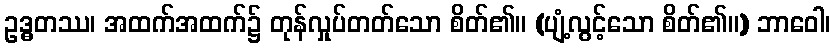
ဥဒ္ဓတဿ၊ အထက်အထက်၌ တုန်လှုပ်တတ်သော စိတ်၏။ (ပျံ့လွင့်သော စိတ်၏။) ဘာဝေါ၊